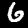
Digit: 6